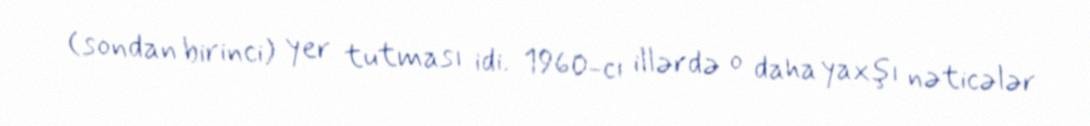
(sondan birinci) yer tutması idi. 1960-cı illərdə o daha yaxşı nəticələr